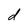
Character: d